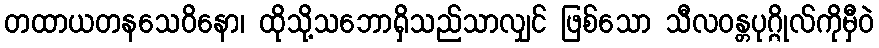
တထာယတနသေဝိနော၊ ထိုသို့သဘောရှိသည်သာလျှင် ဖြစ်သော သီလဝန္တပုဂ္ဂိုလ်ကိုမှီဝဲ